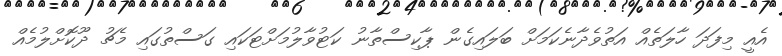
އެއީ މިފަދަ ހާލަތެއް އަތުވެދާނެކަމަށް ބަލައިގެން ޕާކިސްތާނު ކަޓުވާލުމަށްޓަކައި ގަސްތުގައި މެޗު ދޫކޮށްލުމެއް